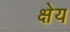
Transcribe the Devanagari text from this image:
क्षेय